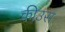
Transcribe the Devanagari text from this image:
कीउस